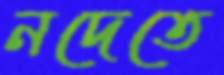
নদেতে